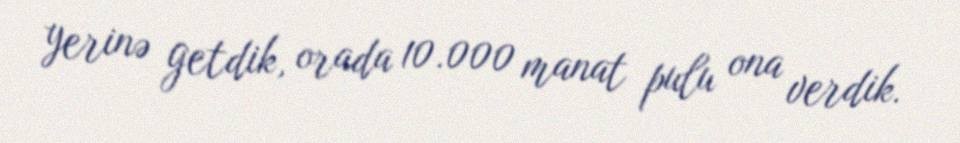
yerinə getdik, orada 10.000 manat pulu ona verdik.